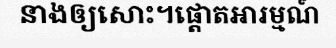
នាងឲ្យសោះ។ផ្តោតអារម្មណ៍